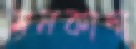
মনকাদা